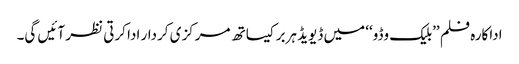
اداکارہ فلم ’’بلیک وڈو‘‘ میں ڈیویڈ ہربر کیساتھ مرکزی کردار ادا کرتی نظر آئیں گی۔